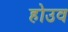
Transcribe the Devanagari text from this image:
होउव